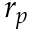
r _ { p }